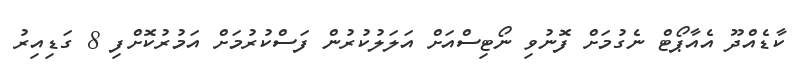
ކާޑެއްދޫ އެއާޕޯޓް ނެގުމަށް ފޮނުވި ނޯޓިސްއަށް އަލަލުކުރުން ފަސްކުރުމަށް އަމުރުކޮށްފި 8 ގަޑިއިރު